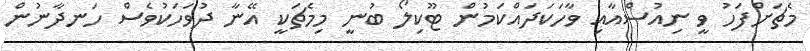
މެޗަށްފަހު ވީ ނިއުސްއާއި ވާހަކަދައްކަމުން ޓޫކިލޯ ބުނީ މިމެޗަކީ އޭނާ ދުވަހަކުވެސް ހަނދާނުން